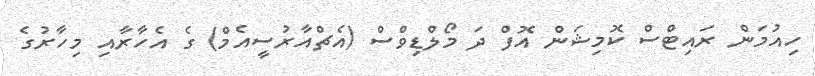
ހިއުމަން ރައިޓްސް ކޮމިޝަން އޮފް ދަ މޯލްޑިވްސް (އެޗްއާރުސީއެމް) ގެ އެހާރާއި މިހާރުގެ